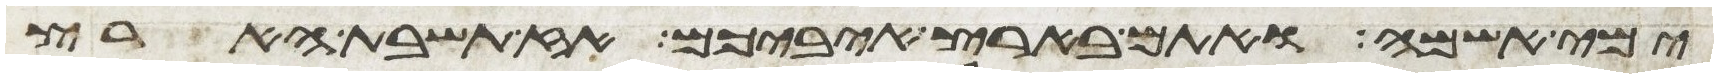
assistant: ימי אשמה ואתם בארץ איביכם אז תשבת הארץ